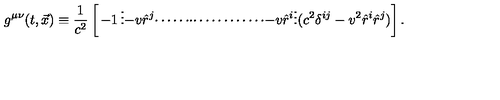
g ^ { \mu \nu } ( t , \vec { x } ) \equiv { \frac { 1 } { c ^ { 2 } } } \left[ \begin{matrix} { - 1 } & { \vdots } & { - v \hat { r } ^ { j } } \\ { \cdots \cdots } & { \cdot } & { \cdots \cdots \cdots \cdots } \\ { - v \hat { r } ^ { i } } & { \vdots } & { ( c ^ { 2 } \delta ^ { i j } - v ^ { 2 } \hat { r } ^ { i } \hat { r } ^ { j } ) } \\ \end{matrix} \right] .